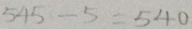
5 4 5 - 5 = 5 4 0